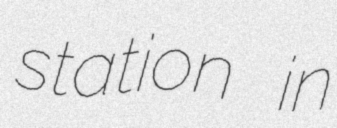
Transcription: station in